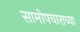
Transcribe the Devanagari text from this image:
सामोपचाराच्या